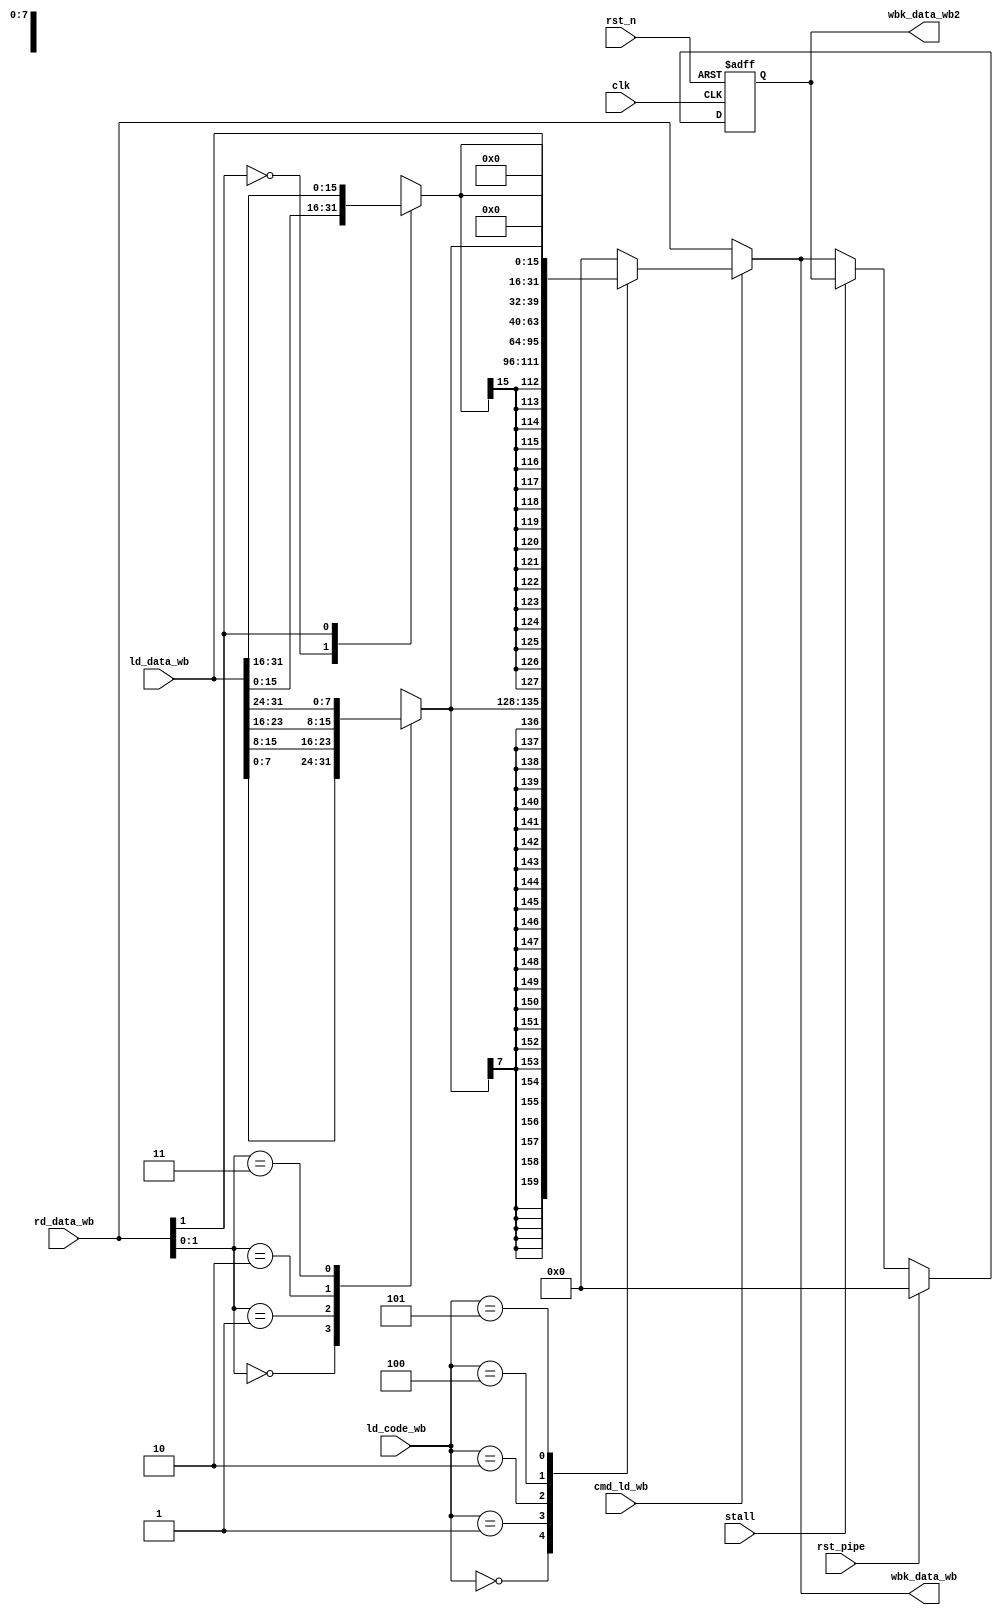
/*
 * My RISC-V RV32I CPU
 *   CPU Write Back Stage Module
 *    Verilog code
 * @auther		Yoshiki Kurokawa <yoshiki.k963@gmail.com>
 * @copylight	2021 Yoshiki Kurokawa
 * @license		https://opensource.org/licenses/MIT     MIT license
 * @version		0.1
 */

module wb_stage(
	input clk,
	input rst_n,

	// from MA
    input cmd_ld_wb,
	input [2:0] ld_code_wb,
	input [31:0] rd_data_wb,
	input [31:0] ld_data_wb,
    // to ID write back, forwarding
	output [31:0] wbk_data_wb,
	// to EX forwarding
	output reg [31:0] wbk_data_wb2,
	// stall
	input stall,
	input rst_pipe

	);

// load

function [7:0] ld_byte_aligner;
input [1:0] adr_ofs;
input [31:0] ld_data_wb;
begin
	case(adr_ofs)
		2'd0: ld_byte_aligner = ld_data_wb[7:0];
		2'd1: ld_byte_aligner = ld_data_wb[15:8];
		2'd2: ld_byte_aligner = ld_data_wb[23:16];
		2'd3: ld_byte_aligner = ld_data_wb[31:24];
		default: ld_byte_aligner = 4'd0;
	endcase
end
endfunction

wire [7:0] ld_byte = ld_byte_aligner( rd_data_wb[1:0], ld_data_wb );
wire [31:0] s_ld_byte = { { 24{ ld_byte[7] }}, ld_byte };
wire [31:0] u_ld_byte = { 24'd0, ld_byte };

function [15:0] ld_half_aligner;
input adr_ofs;
input [31:0] ld_data_wb;
begin
	case(adr_ofs)
		1'd0: ld_half_aligner = ld_data_wb[15:0];
		1'd1: ld_half_aligner = ld_data_wb[31:16];
		default: ld_half_aligner = 32'd0;
	endcase
end
endfunction

wire [15:0] ld_half = ld_half_aligner( rd_data_wb[1], ld_data_wb );
wire [31:0] s_ld_half = { { 16{ ld_half[15] }}, ld_half };
wire [31:0] u_ld_half = { 16'd0, ld_half };

function [31:0] ld_selector;
input [2:0] ld_code_wb;
input [31:0] s_ld_byte;
input [31:0] u_ld_byte;
input [31:0] s_ld_half;
input [31:0] u_ld_half;
input [31:0] ld_data_wb;
begin
	case(ld_code_wb)
		3'b000: ld_selector = s_ld_byte;
		3'b001: ld_selector = s_ld_half;
		3'b010: ld_selector = ld_data_wb;
		3'b100: ld_selector = u_ld_byte;
		3'b101: ld_selector = u_ld_half;
		default: ld_selector = 32'd0;
	endcase
end
endfunction

wire [31:0] ld_data = ld_selector( ld_code_wb,
								   s_ld_byte,
								   u_ld_byte,
								   s_ld_half,
								   u_ld_half,
								   ld_data_wb );
								   
// selector

assign wbk_data_wb = cmd_ld_wb ? ld_data : rd_data_wb;

// for fowarding

always @ ( posedge clk or negedge rst_n) begin   
	if (~rst_n)
        wbk_data_wb2 <= 32'd0;
	else if (rst_pipe)
        wbk_data_wb2 <= 32'd0;
	else if (~stall)
		wbk_data_wb2 <= wbk_data_wb;
end

endmodule